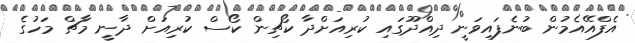
އެފްއޭއެމުން ބުނެފައިވަނީ ދިއްދޫގައި ކުރިއަށްދާ ކޯޗިން ކޯސް ކުރިއަށް ދާނީ މާޗް މަހުގެ